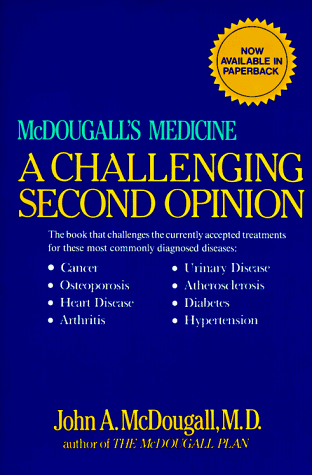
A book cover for A Challenging Second Opinion; John A., M.D. McDougall; Parenting & Relationships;